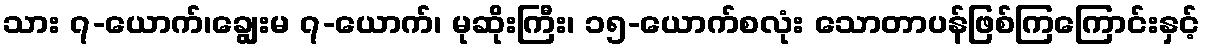
သား ၇-ယောက်၊ချွေးမ ၇-ယောက်၊ မုဆိုးကြီး၊ ၁၅-ယောက်စလုံး သောတာပန်ဖြစ်ကြကြောင်းနှင့်